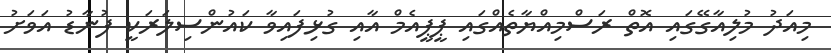
މިއަދު މުލިއާގޭގައި އޮތް ރަސްމިއްޔާތެއްގައި ޕީޕީއެމް އާއި ގުޅިފައިވާ ކައުންސިލަރަކީ ފުނާޑު އަވަށު